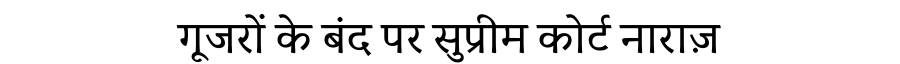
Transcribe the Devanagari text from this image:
गूजरों के बंद पर सुप्रीम कोर्ट नाराज़